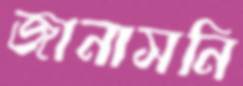
জানাসনি